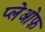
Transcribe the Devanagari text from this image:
प्लेओफ़